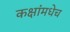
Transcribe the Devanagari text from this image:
कक्षांमधेच